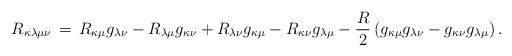
LaTeX: \begin{align*} R_{\kappa \lambda \mu \nu}\,=\,R_{\kappa \mu}g_{\lambda \nu}-R_{\lambda \mu}g_{\kappa \nu}+R_{\lambda \nu}g_{\kappa \mu}-R_{\kappa \nu}g_{\lambda \mu}-\frac{R}{2}\left(g_{\kappa \mu}g_{\lambda \nu}-g_{\kappa \nu}g_{\lambda \mu}\right).\end{align*}